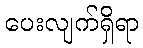
ပေးလျက်ရှိရာ